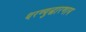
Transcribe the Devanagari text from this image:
धरण्युद्धारणाय